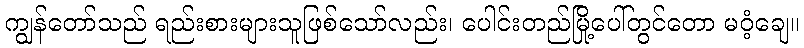
ကျွန်တော်သည် ရည်းစားများသူဖြစ်သော်လည်း၊ ပေါင်းတည်မြို့ပေါ်တွင်တော မဝံ့ချေ။